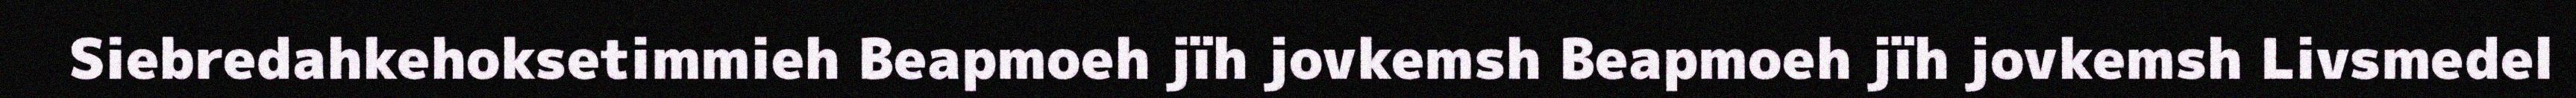
Siebredahkehoksetimmieh Beapmoeh jïh jovkemsh Beapmoeh jïh jovkemsh Livsmedel